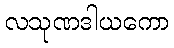
လသုဏဒါယကော